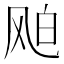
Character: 𩙦